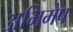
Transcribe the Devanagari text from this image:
अभिमेष